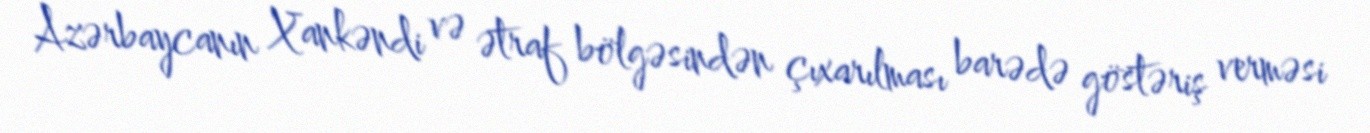
Azərbaycanın Xankəndi və ətraf bölgəsindən çıxarılması barədə göstəriş verməsi